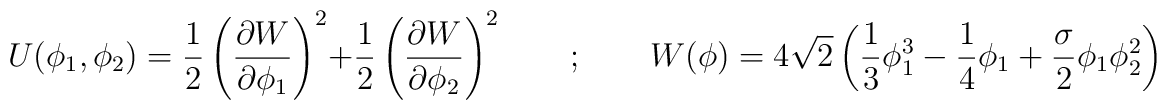
U(\phi_1,\phi_2)=\frac{1}{2} \left(\frac{\partial W}{\partial\phi_1}\right)^2+\frac{1}{2} \left(\frac{\partial W}{\partial\phi_2}\right)^2\qquad ; \qquad W(\phi) = 4 \sqrt{2} \left(\frac{1}{3} \phi_1^3 -\frac{1}{4} \phi_1 + \frac{\sigma}{2} \phi_1\phi_2^2 \right)